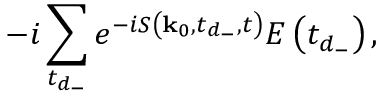
- i \sum _ { t _ { d _ { - } } } e ^ { - i S \left( \mathbf { k } _ { 0 } , t _ { d _ { - } } , t \right) } E \left( t _ { d _ { - } } \right) ,